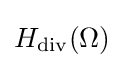
H_{\operatorname {div} }(\Omega )